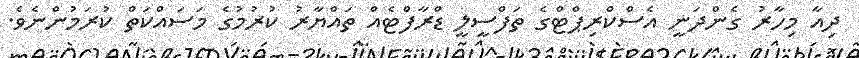
ދިއާ މިހާރު ގެންދަނީ އެސްކްރިޕްޓްގެ ތަފްސީލީ ޑްރާފްޓެއް ތައްޔާރު ކުރުމުގެ މަސައްކަތް ކުރަމުންނެވެ.